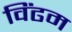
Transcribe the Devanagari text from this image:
विंढम